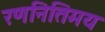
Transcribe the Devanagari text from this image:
रणनितिमय